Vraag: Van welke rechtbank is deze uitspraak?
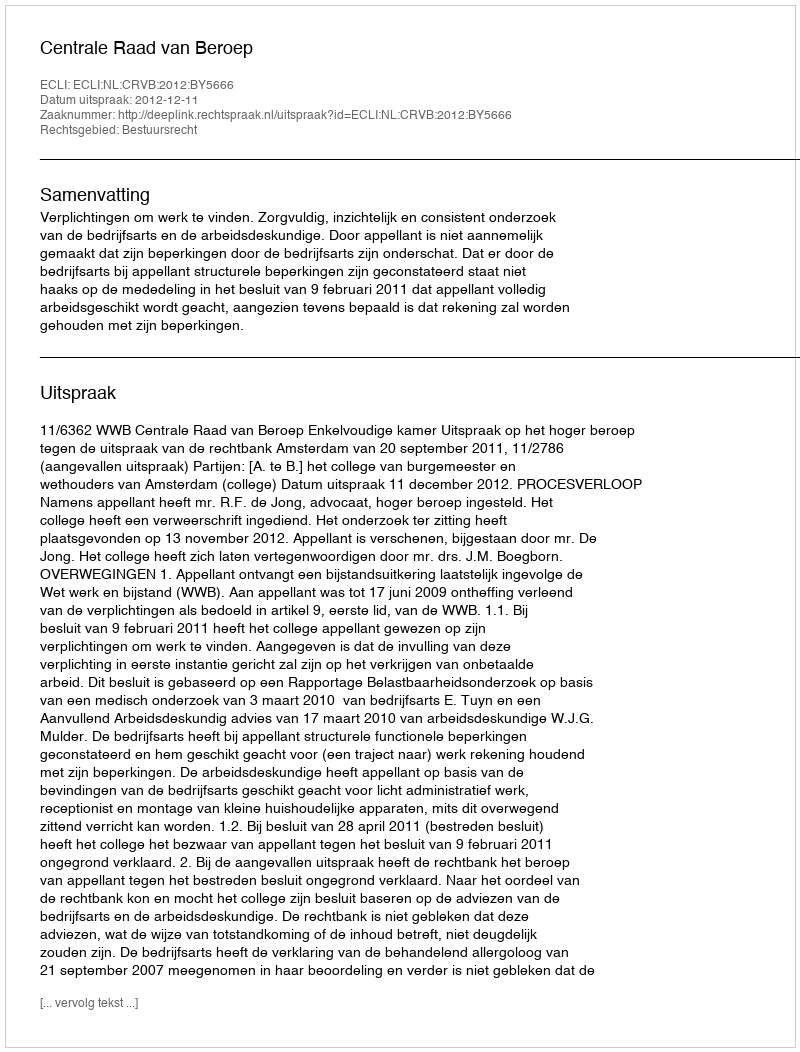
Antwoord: Centrale Raad van Beroep